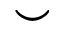
\smile